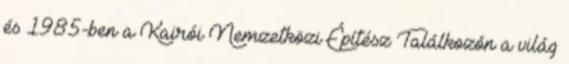
és 1985-ben a Kairói Nemzetközi Építész Találkozón a világ